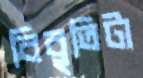
বিবৃতিটা